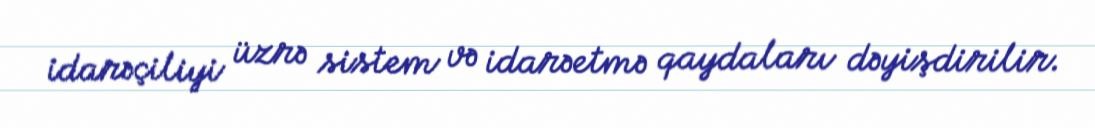
idarəçiliyi üzrə sistem və idarəetmə qaydaları dəyişdirilir.